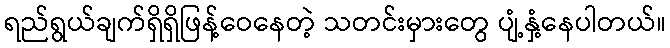
ရည်ရွယ်ချက်ရှိရှိဖြန့်ဝေနေတဲ့ သတင်းမှားတွေ ပျံ့နှံ့နေပါတယ်။